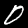
Digit: 0